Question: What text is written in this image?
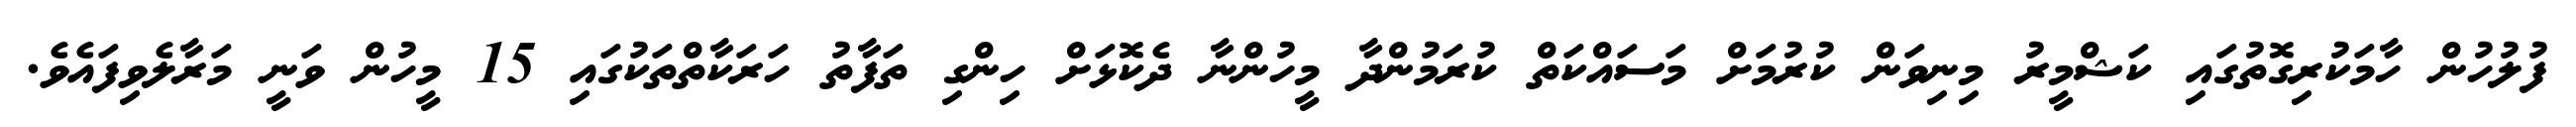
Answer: ފުލުހުން ހާމަކުރިގޮތުގައި ކަޝްމީރު މިނިވަން ކުރުމަށް މަސައްކަތް ކުރަމުންދާ މީހުންނާ ދެކޮޅަށް ހިންގި ތަފާތު ހަރަކާތްތަކުގައި 15 މީހުން ވަނީ މަރާލެވިފައެވެ.